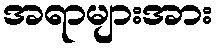
အရာများအား